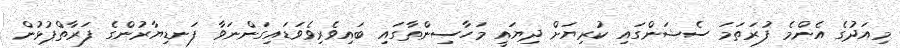
މިއަދުގެ އެންމެ ފުރަތަމަ ސެޝަންގައި ކުރިޔަށް ދިޔައީ މަހާސިންތާގައި ބައިވެރިވެވަޑައިގަންނަވާ ފަނޑިޔާރުންގެ ފަރާތްޕުޅުން